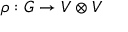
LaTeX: \rho : G \to V \otimes V